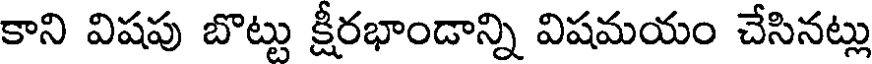
కాని విషపు బొట్టు క్షీరభాండాన్ని విషమయం చేసినట్లు